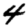
Digit: 4